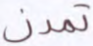
تمدن